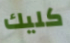
كليك